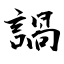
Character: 諣